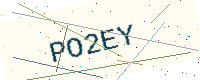
Text: PO2EY